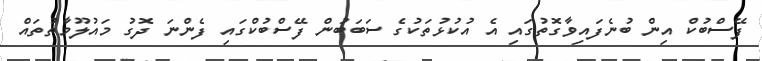
ފޭސްބުކް އިން ބުނެފައިވާގޮތުގައި އެ އުކުޅުތަކުގެ ސަބަބުން ފޭސްބުކްގައި ފެންނަ ދޮގު މައުލޫމާތުތައް